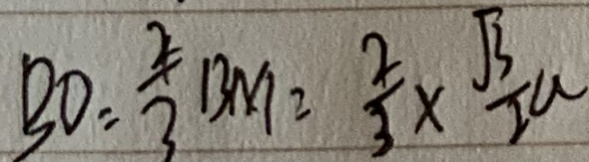
B D = \frac { 2 } { 3 } B M = \frac { 2 } { 3 } \times \frac { \sqrt { 3 } } { 2 a }